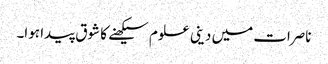
ناصرات میں دینی علوم سیکھنے کا شوق پیدا ہوا۔